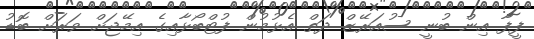
ފީފާ އިން ބުނީ ސުއަރޭޒް ދަތް އެޅުމުން ފުޓްބޯޅާއިގެ އިމޭޖަށް ވަރަށް ބޮޑު